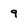
Character: 9